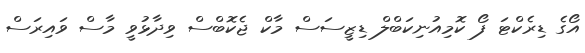
އޯގެ ޑިރެކްޓަ ފޯ ކޮމިއުނިކަބްލް ޑިޒީސަސް މާކް ޖެކޮބްސް ވިދާޅުވީ މާސް ވައިރަސް